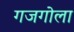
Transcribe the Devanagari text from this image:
गजगोला